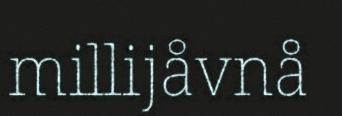
millijåvnå